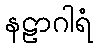
နဠာဂါရံ